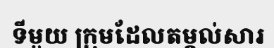
ទីមួយ ក្រុមដែលតម្កល់សារ